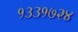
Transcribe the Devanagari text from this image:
१३३१७२४